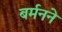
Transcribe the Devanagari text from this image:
बर्मनने